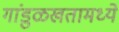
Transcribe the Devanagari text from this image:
गांडुळखतामध्ये